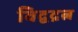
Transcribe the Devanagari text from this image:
विद्वद्रत्न